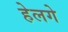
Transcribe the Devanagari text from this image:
हेलगे